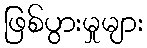
ဖြစ်ပွားမှုများ